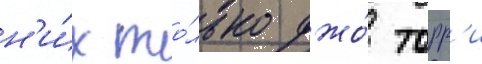
н'и́х то́лько джо́ торр'и